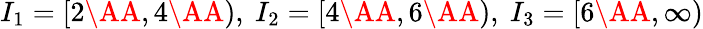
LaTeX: I_{1}=[2\AA,4\AA),~I_{2}=[4\AA,6\AA),~I_{3}=[6\AA,\infty)